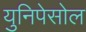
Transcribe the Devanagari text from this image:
युनिपेसोल